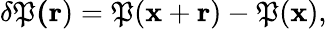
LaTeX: \delta\mathfrak{P}\mathbf{{(r}})=\mathfrak{P}(\mathbf{{x}}+\mathbf{{r}})-\mathfrak{P}(\mathbf{{x}}),